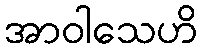
အာဝါသေဟိ